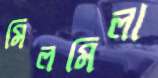
মিলমিলা